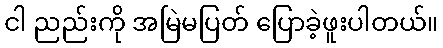
ငါ ညည်းကို အမြဲမပြတ် ပြောခဲ့ဖူးပါတယ်။